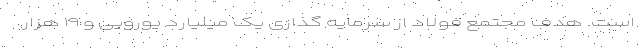
است. هدف مجتمع فولاد از سرمایه گذاری یک میلیارد یورویی و ۱۹ هزار